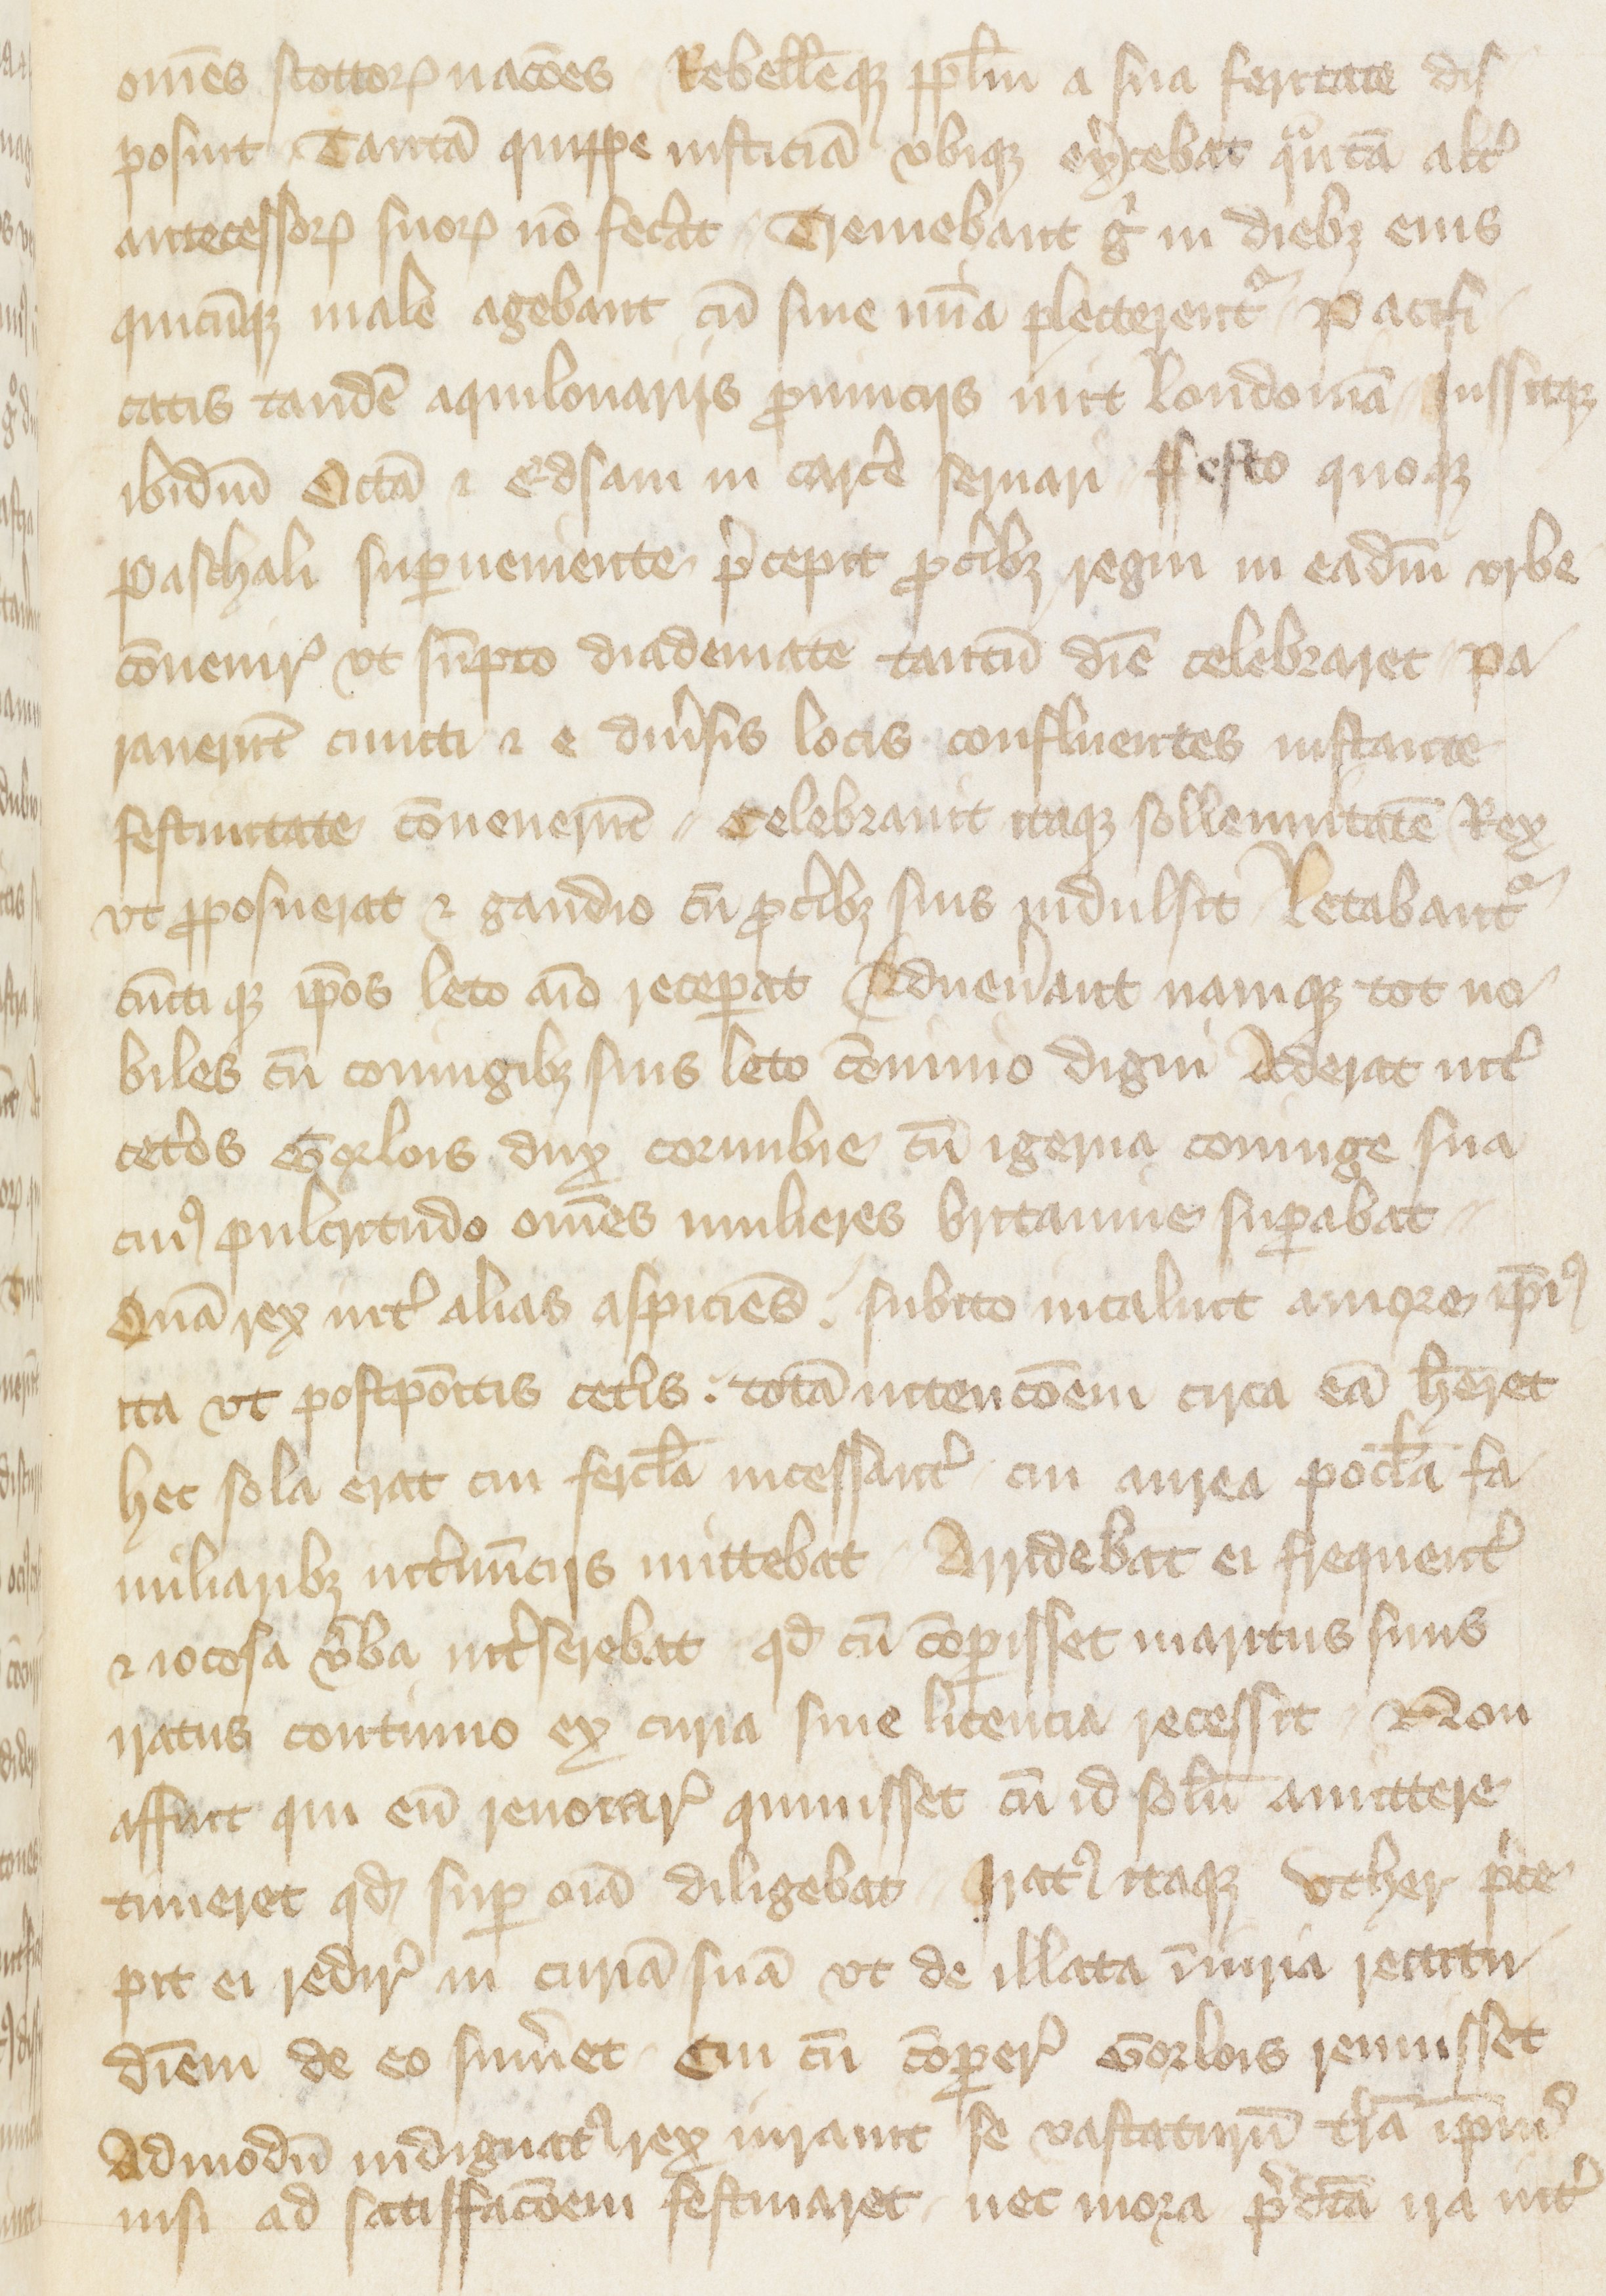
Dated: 1400–1499